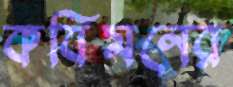
কবিমনের